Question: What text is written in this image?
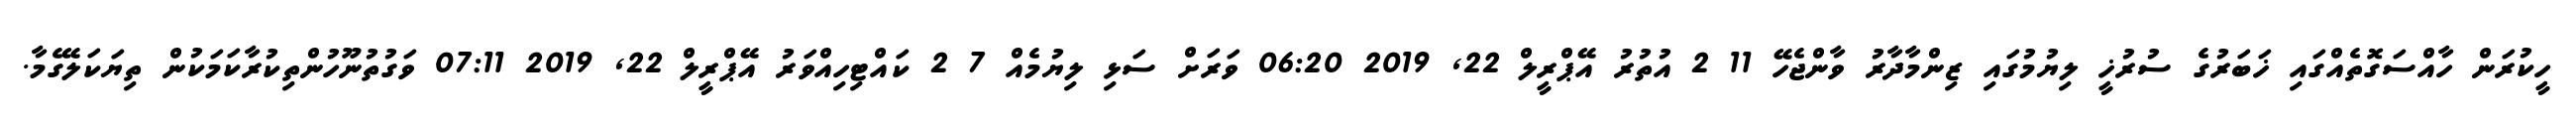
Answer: ހީކުރަން ހާއްސަގޮތެއްގައި ޚަބަރުގެ ސުރުޚީ ލިޔުމުގައި ޒިންމާދާރު ވާންޖެހޭ 11 2 އުތުރު އޭޕްރީލް 22, 2019 06:20 ވަރަށް ސަޅި ލިޔުމެއް 7 2 ކައްޓިހިއްވަރު އޭޕްރީލް 22, 2019 07:11 ވަގުތުނޫހުންތިކުރާކަމަކުން ތިޔަކަލޭގެމާ.